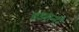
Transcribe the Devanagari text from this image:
हडसनी